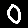
Digit: 0